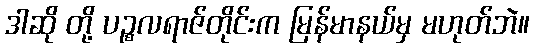
ဒါဆို တို့ ပဉ္စလရာဇ်တိုင်းက မြန်မာနယ်မှ မဟုတ်ဘဲ။